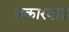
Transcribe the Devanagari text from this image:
सकारवाद